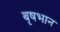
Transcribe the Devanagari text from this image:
बृषभान